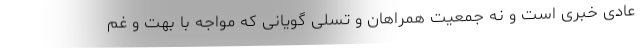
عادی خبری است و نه جمعیت همراهان و تسلی گویانی که مواجه با بهت و غم